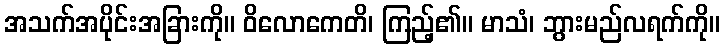
အသက်အပိုင်းအခြားကို။ ဝိလောကေတိ၊ ကြည့်၏။ မာသံ၊ ဘွားမည်လရက်ကို။